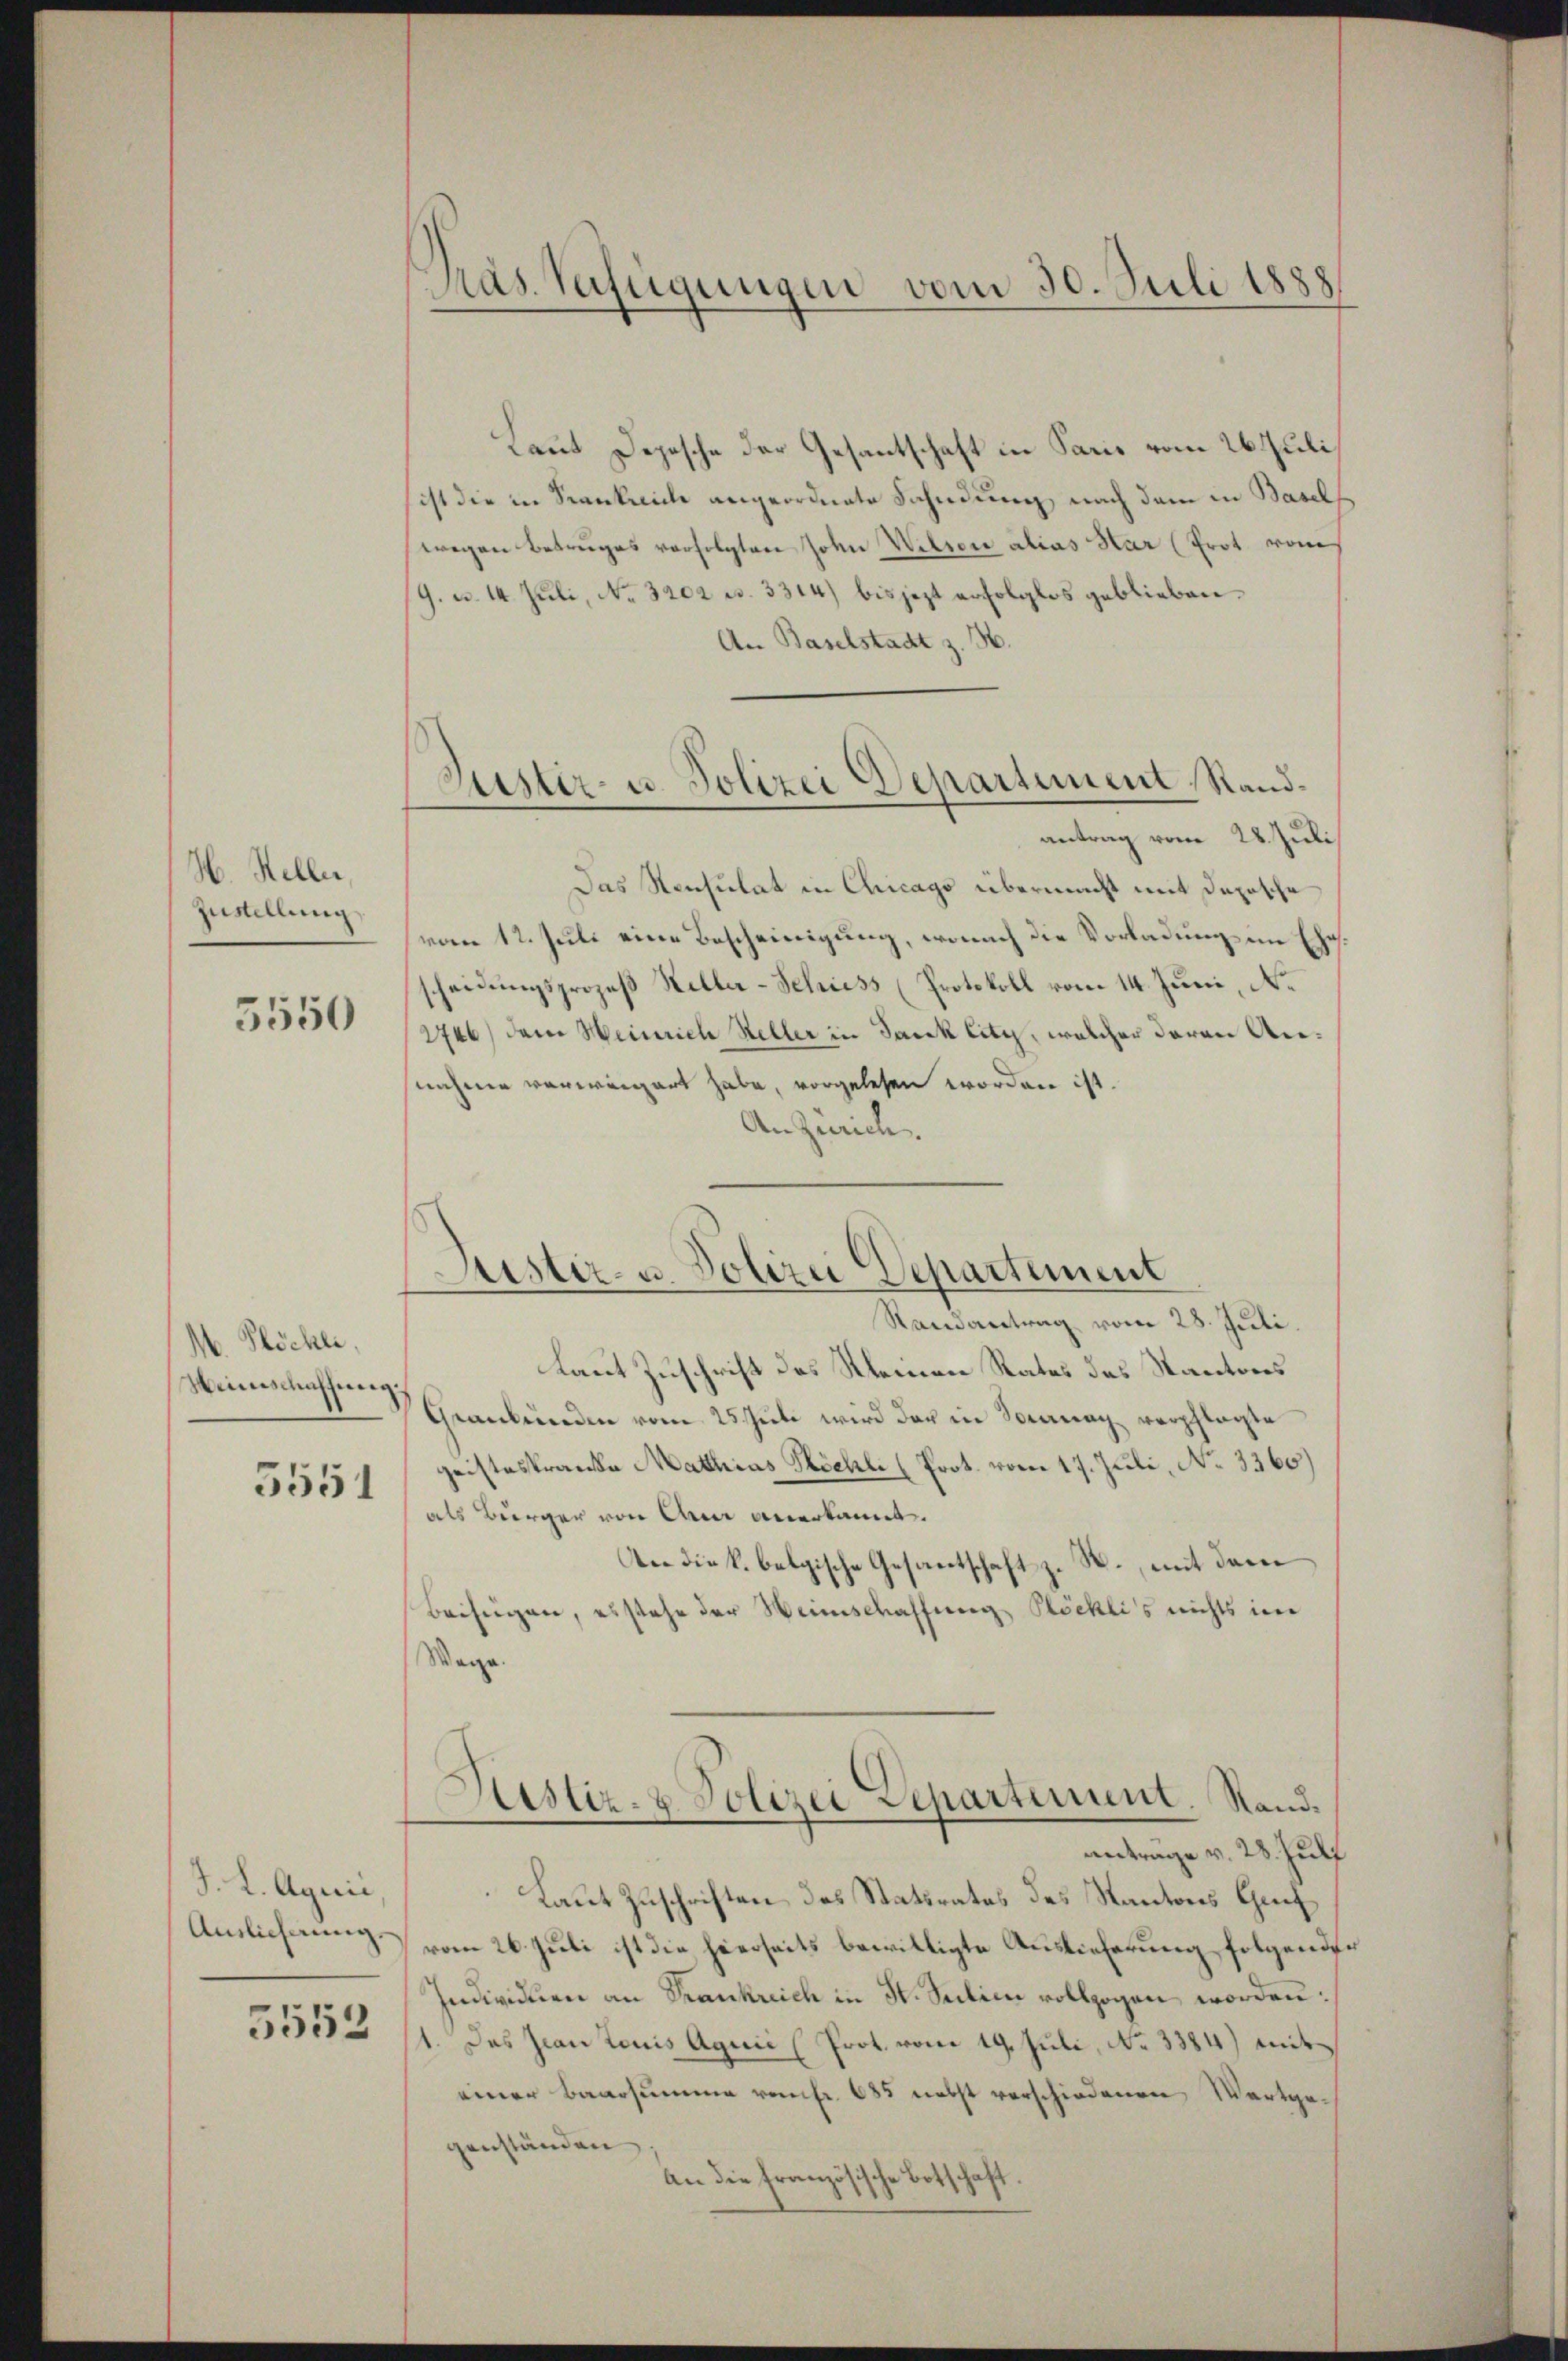
H. Heller,
Zustellung
5550

A. Plöchli,
Weinschaffung
5551

J. L. Aquić,
Auslieferung
5552

Pas Verfügungen vom 30. Juli 1888

Laut Depesche der Gesantschaft in Paris vom 26. Juli
ist die in Stankliche angeordnete Fahndung nach dem in Basels
wegen Betruges verfolgten John Wilten alias Har (Prot vom
(G. u. 14. Juli, No. 3202 u. 3314) bis jezt erfolglos geblieben.
An Baselstadt z. H.
Das Konsulat in Chicago übermacht mit Daposche
vom 12. Juli eine Bescheinigung, wonach die Vorladungen Ehe.
scheidungsprozeß Heller-Schiess (Protokoll vom 14. Juni, No
2746) dem Heinrich Heller in Jauk Eity, welcher deren Annahme verweigert habe, vorgelesen worden ist.
An Zürich.
Justiz- u. Polizei Departement
Randantrag vom 28. Juli.
Laut Zuschrift des Kleinen Rates des Kantons
Graubünden vom 25. Juli wird der in Sonntag verpflegte
geisteskranke Mathias Höchli (Prot. vom 17. Juli, No 3360)
als Bürger von dem anerkannt.
An die k. belgische Gesantschaft z. B., mit dem
Beifügen, es stehe der Weinschaffung Plöckli's nichts im
Wage

Justiz- u. Polizei Departement, Sandantrag vom 28. Juli

Histiz- & Polizei Departement. Rand.
antrage v. 28. Juli

Laut Zuschriften des Statsrates des Kantons Gef
vom 26. Juli ist die hierseits bewilligte Auslieferung folgender
Individuen an Frankreich in St. Salien vollzogen worden.
1. Das Jean Louis Aquić (Prot. vom 19. Juli, No 3384) mit
einer Baarsumme von fr. 685 nebst verschiedenen Wartgegenständen
an die Französische Botschaft.